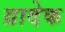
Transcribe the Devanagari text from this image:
ग्रादेक